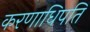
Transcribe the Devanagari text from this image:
करणाधिपति